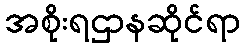
အစိုးရဌာနဆိုင်ရာ